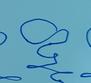
Signature authenticity: forged